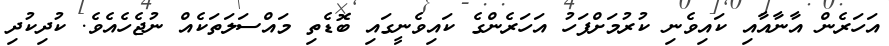
އަހަރެން އާނާއާއި ކައިވެނި ކުރުމަށްފަހު އަހަރެންގެ ކައިވެނީގައި ބޮޑެތި މައްސަލަތަކެއް ނުޖެހެއެވެ. ކުދިކުދި